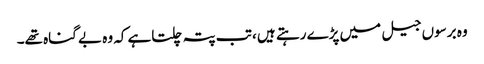
وہ برسوں جیل میں پڑے رہتے ہیں ، تب پتہ چلتاہے کہ وہ بے گناہ تھے۔